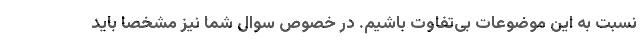
نسبت به این موضوعات بی‌تفاوت باشیم. در خصوص سوال شما نیز مشخصا باید